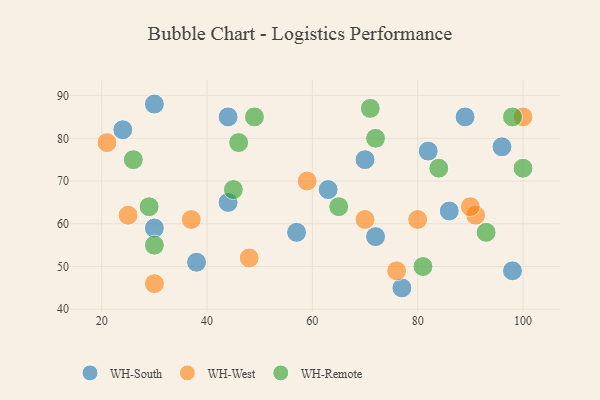
{"axis": {"x": "GDP", "y": "Life Expectancy"}, "legend": ["WH-Remote", "WH-South", "WH-West"], "data": [{"x": "86", "y": 63, "type": "WH-South"}, {"x": "77", "y": 45, "type": "WH-South"}, {"x": "89", "y": 85, "type": "WH-South"}, {"x": "63", "y": 68, "type": "WH-South"}, {"x": "44", "y": 85, "type": "WH-South"}, {"x": "82", "y": 77, "type": "WH-South"}, {"x": "96", "y": 78, "type": "WH-South"}, {"x": "24", "y": 82, "type": "WH-South"}, {"x": "98", "y": 49, "type": "WH-South"}, {"x": "30", "y": 59, "type": "WH-South"}, {"x": "30", "y": 88, "type": "WH-South"}, {"x": "70", "y": 75, "type": "WH-South"}, {"x": "38", "y": 51, "type": "WH-South"}, {"x": "44", "y": 65, "type": "WH-South"}, {"x": "57", "y": 58, "type": "WH-South"}, {"x": "72", "y": 57, "type": "WH-South"}, {"x": "37", "y": 61, "type": "WH-West"}, {"x": "76", "y": 49, "type": "WH-West"}, {"x": "59", "y": 70, "type": "WH-West"}, {"x": "48", "y": 52, "type": "WH-West"}, {"x": "100", "y": 85, "type": "WH-West"}, {"x": "25", "y": 62, "type": "WH-West"}, {"x": "30", "y": 46, "type": "WH-West"}, {"x": "80", "y": 61, "type": "WH-West"}, {"x": "70", "y": 61, "type": "WH-West"}, {"x": "21", "y": 79, "type": "WH-West"}, {"x": "91", "y": 62, "type": "WH-West"}, {"x": "90", "y": 64, "type": "WH-West"}, {"x": "72", "y": 80, "type": "WH-Remote"}, {"x": "29", "y": 64, "type": "WH-Remote"}, {"x": "71", "y": 87, "type": "WH-Remote"}, {"x": "65", "y": 64, "type": "WH-Remote"}, {"x": "84", "y": 73, "type": "WH-Remote"}, {"x": "93", "y": 58, "type": "WH-Remote"}, {"x": "49", "y": 85, "type": "WH-Remote"}, {"x": "100", "y": 73, "type": "WH-Remote"}, {"x": "81", "y": 50, "type": "WH-Remote"}, {"x": "98", "y": 85, "type": "WH-Remote"}, {"x": "26", "y": 75, "type": "WH-Remote"}, {"x": "30", "y": 55, "type": "WH-Remote"}, {"x": "45", "y": 68, "type": "WH-Remote"}, {"x": "46", "y": 79, "type": "WH-Remote"}]}